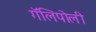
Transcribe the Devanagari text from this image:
गॅलिपोली